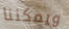
ويمكننا